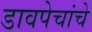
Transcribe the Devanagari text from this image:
डावपेचांचे